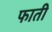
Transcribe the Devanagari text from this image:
फाती